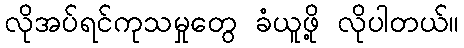
လိုအပ်ရင်ကုသမှုတွေ ခံယူဖို့ လိုပါတယ်။